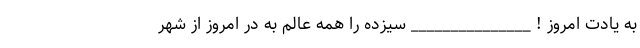
به یادت امروز ! _______________ سیزده را همه عالم به در امروز از شهر